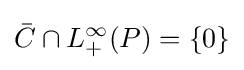
{\bar {C}}\cap L_{+}^{\infty }(P)=\{0\}